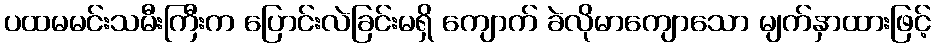
ပထမမင်းသမီးကြီးက ပြောင်းလဲခြင်းမရှိ ကျောက် ခဲလိုမာကျောသော မျက်နှာထားဖြင့်